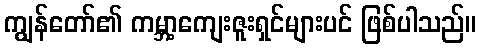
ကျွန်တော်၏ ကမ္ဘာ့ကျေးဇူးရှင်များပင် ဖြစ်ပါသည်။